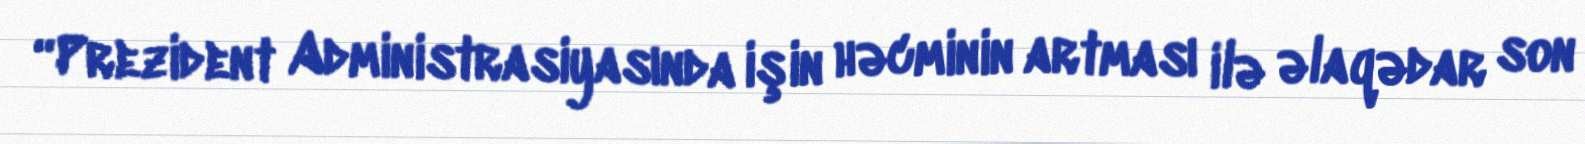
“Prezident Administrasiyasında işin həcminin artması ilə əlaqədar son